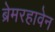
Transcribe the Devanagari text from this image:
ब्रेमरहावेन